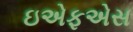
ઇએફએસ